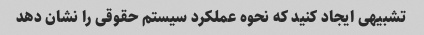
تشبیهی ایجاد کنید که نحوه عملکرد سیستم حقوقی را نشان دهد